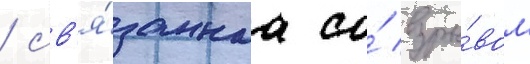
/ св'я́заннаа со́ взры́вом